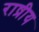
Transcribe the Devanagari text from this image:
राष्रीय